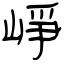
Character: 崢